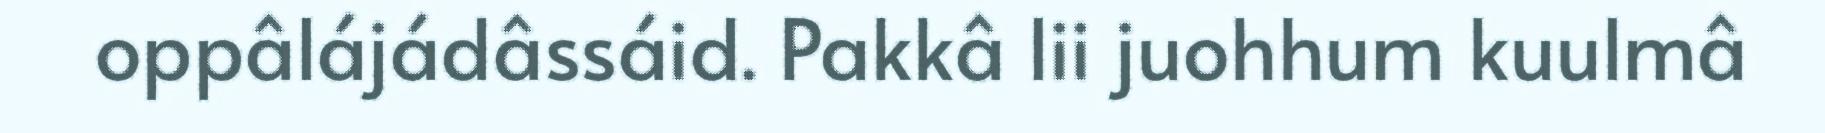
oppâlájádâssáid. Pakkâ lii juohhum kuulmâ